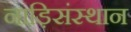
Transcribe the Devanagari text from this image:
नाड़िसंस्थान